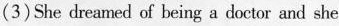
(3)She dreamed of being a doctor and she